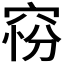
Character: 𥦋